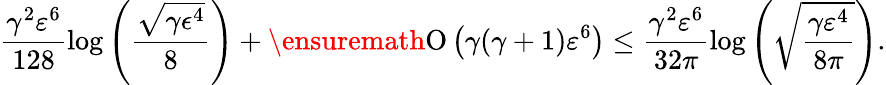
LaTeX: \frac{\gamma^{2}\varepsilon^{6}}{128}\log{\left(\frac{\sqrt[]{\gamma\epsilon^{4}}}{8}\right)}+\ensuremath{\operatorname{O}\left(\gamma(\gamma+1)\varepsilon^{6}\right)}\leq\frac{\gamma^{2}\varepsilon^{6}}{32\pi}\log{\left(\sqrt[]{\frac{\gamma\varepsilon^{4}}{8\pi}}\right)}.